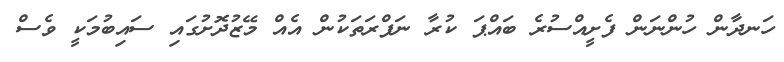
ހަނދާން ހުންނަން ފެށީއްސުރެ ބައްޕަ ކުރާ ނަފްރަތަކުން އެއް މޭޒުދޮށުގައި ސައިބުމަކީ ވެސް